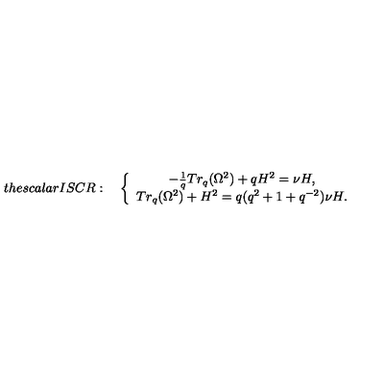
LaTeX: t h e s c a l a r I S C R : \quad \left\{ \begin{array} { c } { - \frac { 1 } { q } T r _ { q } ( \Omega ^ { 2 } ) + q H ^ { 2 } = \nu H , } \\ { T r _ { q } ( \Omega ^ { 2 } ) + H ^ { 2 } = q ( q ^ { 2 } + 1 + q ^ { - 2 } ) \nu H . } \\ \end{array} \right.